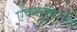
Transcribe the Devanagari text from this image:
एकसुरीपण